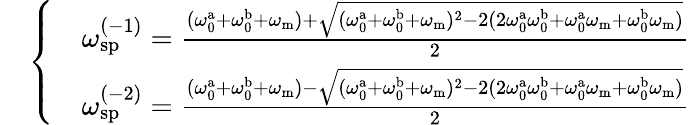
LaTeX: \begin{array}{rl}&{\left\{ \begin{array}{ll}&{\omega_{\mathrm{sp}}^{(-1)}=\frac{(\omega_{\mathrm{0}}^{\mathrm{a}}+\omega_{\mathrm{0}}^{\mathrm{b}}+\omega_{\mathrm{m}})+\sqrt{(\omega_{\mathrm{0}}^{\mathrm{a}}+\omega_{\mathrm{0}}^{\mathrm{b}}+\omega_{\mathrm{m}})^{2}-2(2\omega_{\mathrm{0}}^{\mathrm{a}}\omega_{\mathrm{0}}^{\mathrm{b}}+\omega_{\mathrm{0}}^{\mathrm{a}}\omega_{\mathrm{m}}+\omega_{\mathrm{0}}^{\mathrm{b}}\omega_{\mathrm{m}})}}{2}}\\ &{\omega_{\mathrm{sp}}^{(-2)}=\frac{(\omega_{\mathrm{0}}^{\mathrm{a}}+\omega_{\mathrm{0}}^{\mathrm{b}}+\omega_{\mathrm{m}})-\sqrt{(\omega_{\mathrm{0}}^{\mathrm{a}}+\omega_{\mathrm{0}}^{\mathrm{b}}+\omega_{\mathrm{m}})^{2}-2(2\omega_{\mathrm{0}}^{\mathrm{a}}\omega_{\mathrm{0}}^{\mathrm{b}}+\omega_{\mathrm{0}}^{\mathrm{a}}\omega_{\mathrm{m}}+\omega_{\mathrm{0}}^{\mathrm{b}}\omega_{\mathrm{m}})}}{2}}\end{array}\right.}\end{array}